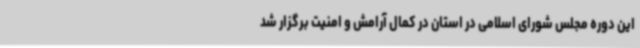
این دوره مجلس شورای اسلامی در استان در کمال آرامش و امنیت برگزار شد